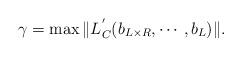
LaTeX: \begin{align*} \gamma = \max \|L_{C}^{'}(b_{L\times R}, \cdots, b_{L}) \|.\end{align*}